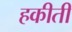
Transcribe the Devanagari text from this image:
हकीती